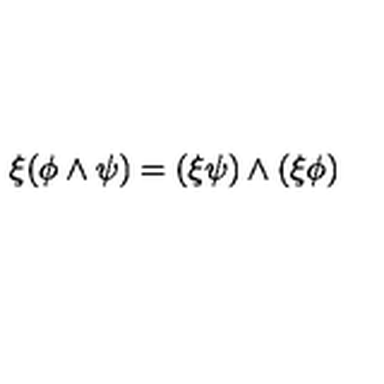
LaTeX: \xi ( \phi \wedge \psi ) = ( \xi \psi ) \wedge ( \xi \phi )